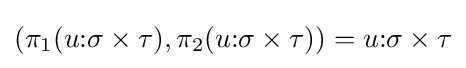
(\pi _{1}(u{\mathbin {:}}\sigma \times \tau ),\pi _{2}(u{\mathbin {:}}\sigma \times \tau ))=u{\mathbin {:}}\sigma \times \tau